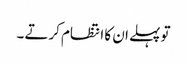
تو پہلے ان کا انتظام کرتے ۔